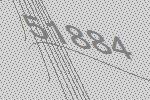
51884